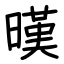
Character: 暵